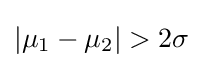
\left|\mu _{1}-\mu _{2}\right|>2\sigma